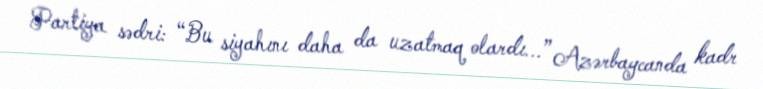
Partiya sədri: “Bu siyahını daha da uzatmaq olardı...” Azərbaycanda kadr